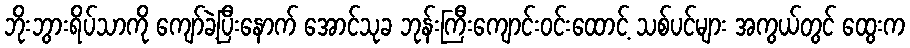
ဘိုးဘွားရိပ်သာကို ကျော်ခဲ့ပြီးနောက် အောင်သုခ ဘုန်းကြီးကျောင်းဝင်းထောင့် သစ်ပင်များ အကွယ်တွင် ထွေးက